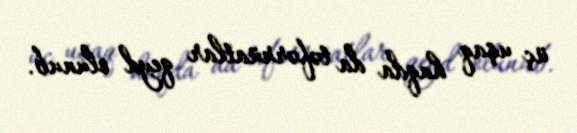
üç uşaq haqda da təfərrüatlar qeyd olunub.